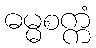
ဓမ္မစက္ကံ